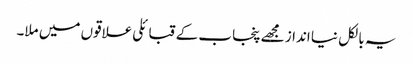
یہ بالکل نیا انداز مجھے پنجاب کے قبائلی علاقوں میں ملا۔